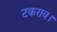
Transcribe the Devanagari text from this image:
टकराव।